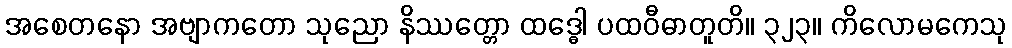
အစေတနော အဗျာကတော သုညော နိဿတ္တော ထဒ္ဓေါ ပထဝီဓာတူတိ။ ၃၂၃။ ကိလောမကေသု